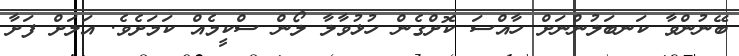
ބޭނުންވާ ކަނބަލުންނަށް ހާއްސަ ކޮށްގެން ހުޅުވާލާ ލޯން ސްކީމެއް ކަމަށެވެ. އަލަށް ފަށާ